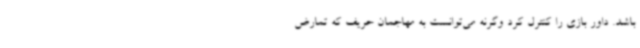
باشد. داور بازی را کنترل کرد وگرنه می‌توانست به مهاجمان حریف که تمارض